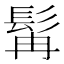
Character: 髯